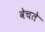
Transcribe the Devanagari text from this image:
वेचते